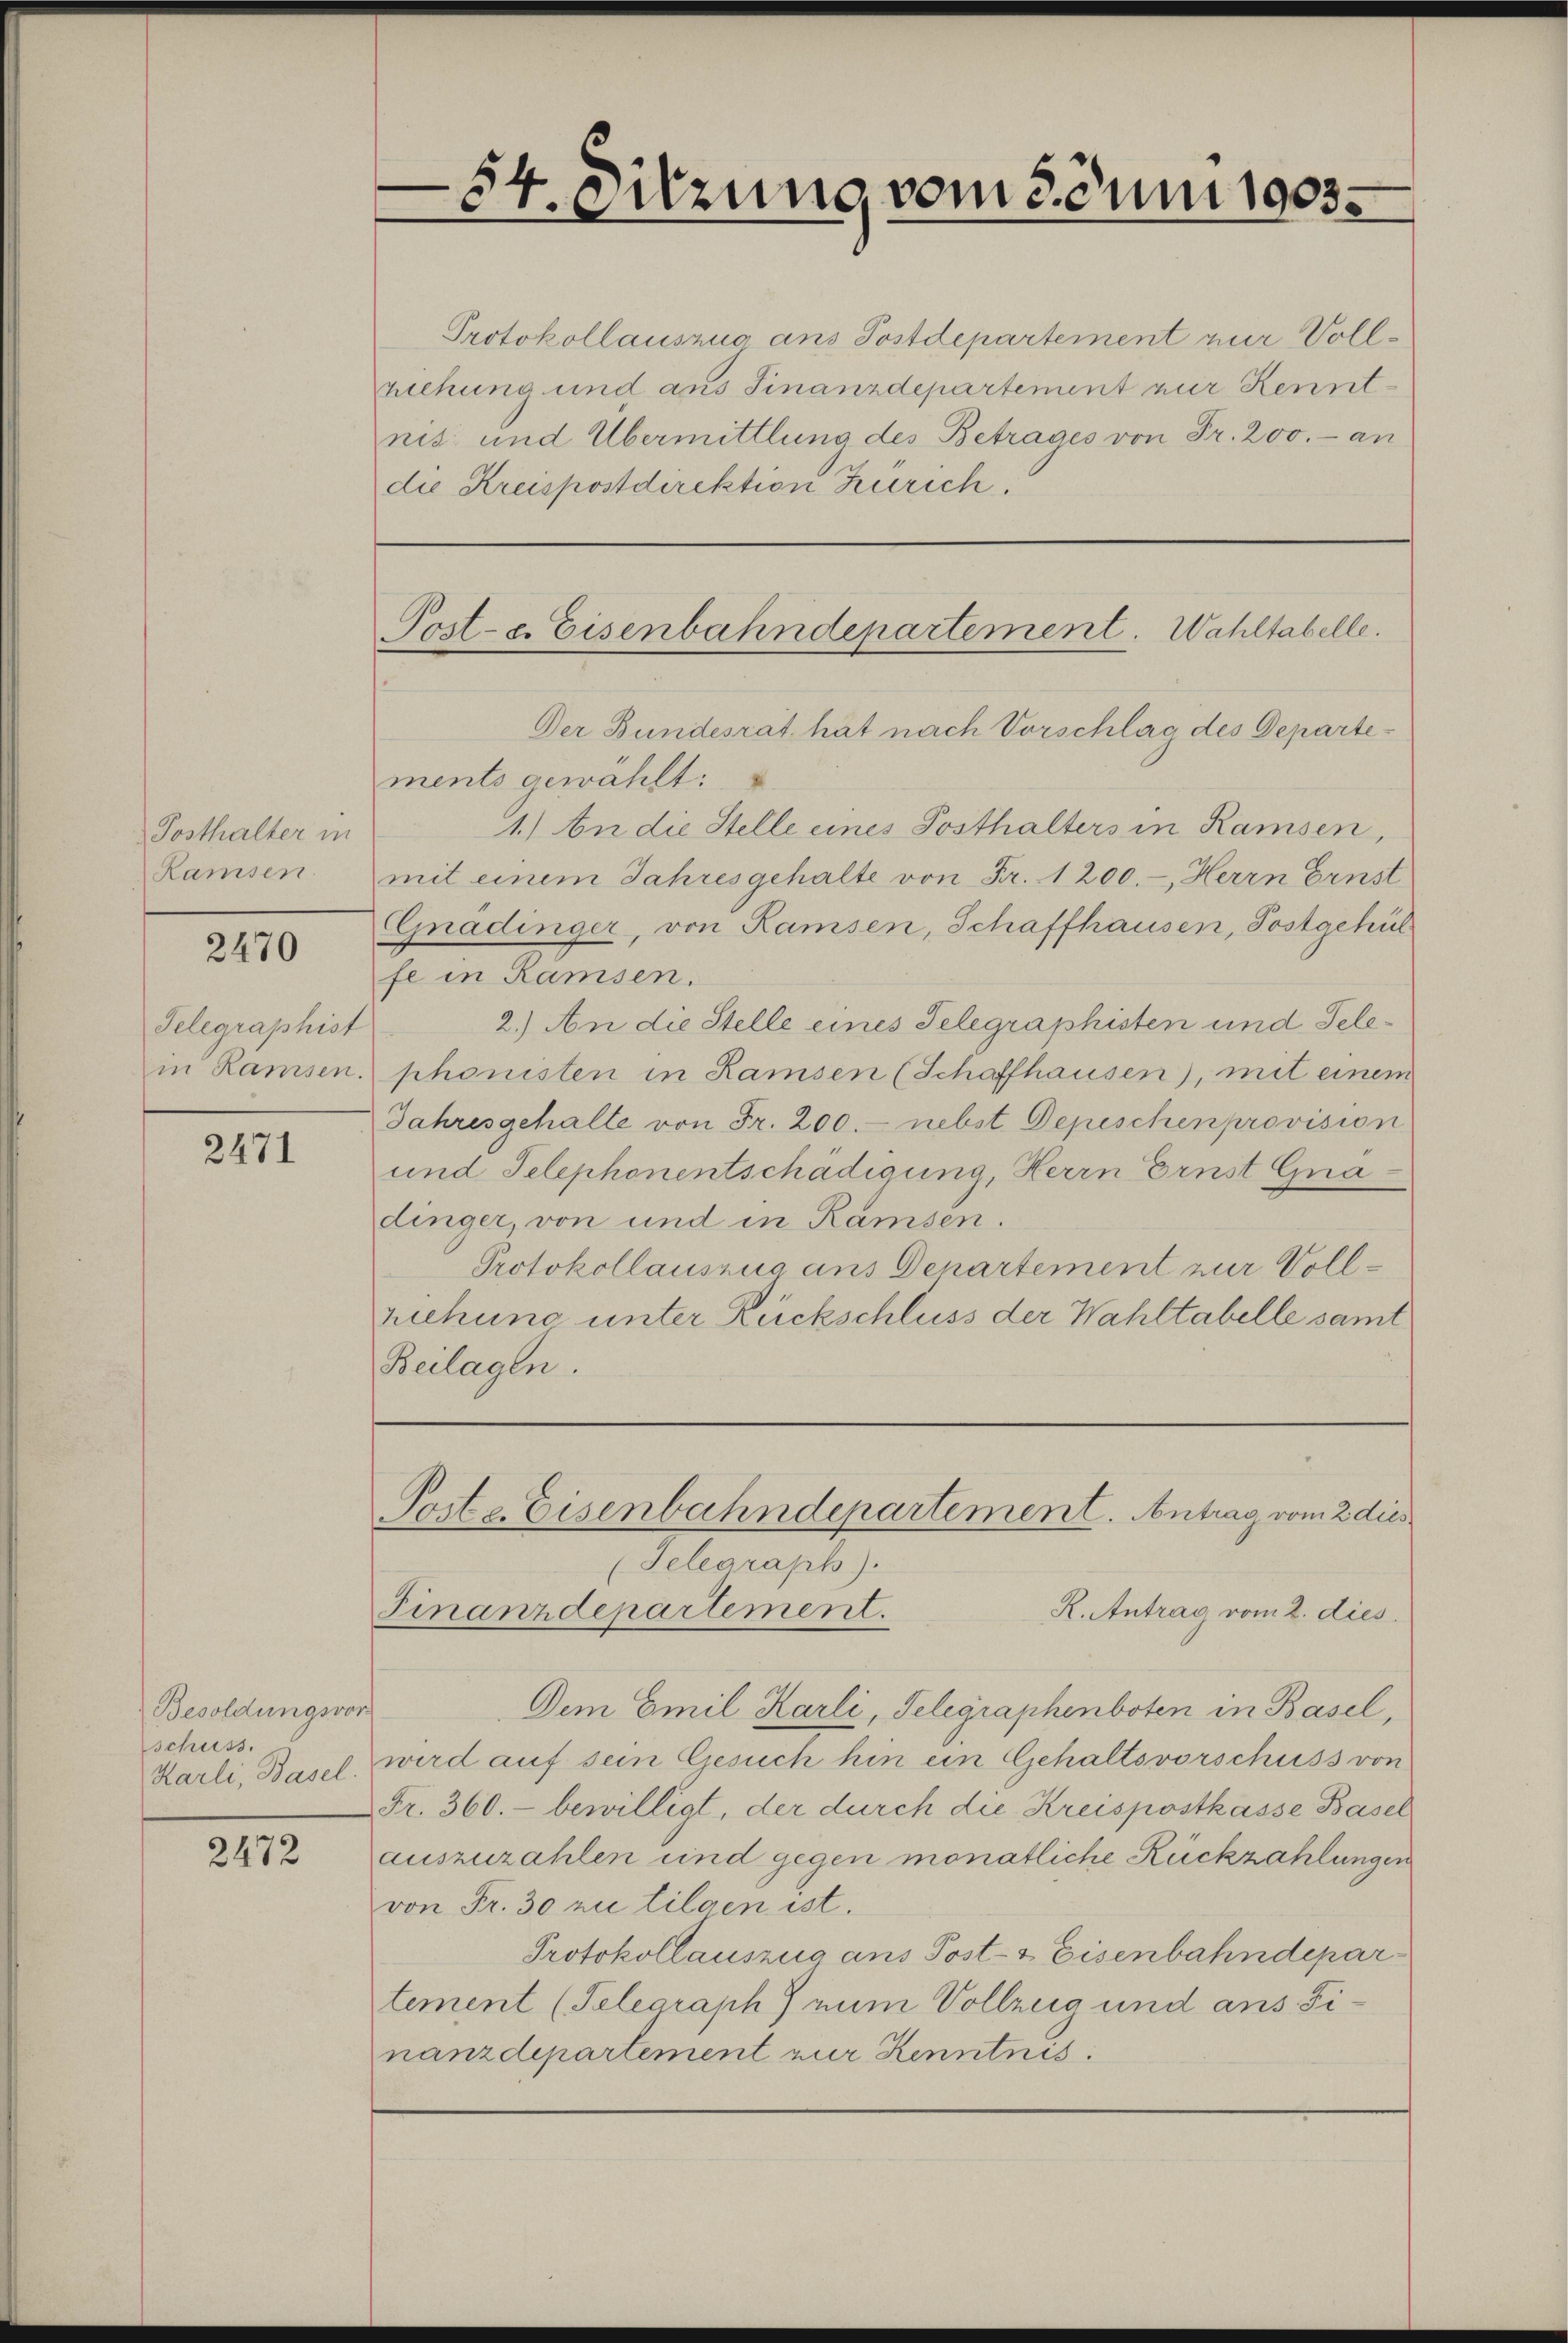
Posthalter in
Ramsen.

2470

Selegraphist
in Ramsen

2471

Besoldungsvor
schuss.
Karli, Basel.

2472

x
4. Sitzung vom Juni 1903.

Protokollauszug ans Postdepartement nur Vollziehung und aus Finanzdepartement nur Kenntnis und Übermittlung des Betrages von Fr. 200.- an
die Kreispostdirektion Zürich.

Poste. Eisenbahndepartement. Wahltabelle.

Poste Eisenbahndepartement. Antrag vom 2 dies
Selegraph).

Der Bundesrat hat nach Vorschlag des Departements gewählt:
1.) An die Stelle eines Posthalters in Ramsen,
mit einem Jahresgehalte von Fr. 1200.-, Herrn Ernst
Gnadinger, von Ramsen, Schaffhausen, Postgehül
fe in Ramsen.
2.) An die Stelle eines Telegraphisten und Telephonisten in Ramsen (Schaffhausen), mit einem
Jahresgehalte von Fr. 200.- nebst Depeschen provision
und Telephonentschadigung, Herrn Ernst Gnadinger, von und in Ramsen.
Protokollauszug aus Departement zur Vollziehung unter Rückschluss der Wahltabelle samt
Beilagen.

Finanzdepartement.
R. Antrag vom 2. dies
Dem Emil Karli, Telegraphenboten in Basel,
wird auf sein Gesuch hin ein Gehaltsvorschuss von
Fr. 360.- bewilligt, der durch die Kreispostkasse Basel
auszuzahlen und gegen monatliche Rückzahlungen
von Fr. 30 zu tilgen ist.
Protokollauszug aus Post- & Eisenbahndepar
tement (Telegraph 7 num Vollzug und ans Finanzdepartement zur Kenntnis.